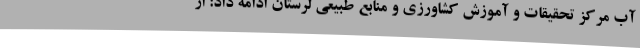
آب مرکز تحقیقات و آموزش کشاورزی و منابع طبیعی لرستان ادامه داد: از